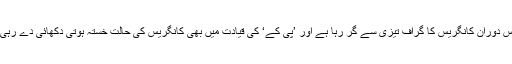
اب اس دوران کانگریس کا گراف تیزی سے گر رہا ہے اور ’پی کے‘ کی قیادت میں بھی کانگریس کی حالت خستہ ہوتی دکھائی دے رہی ہے۔